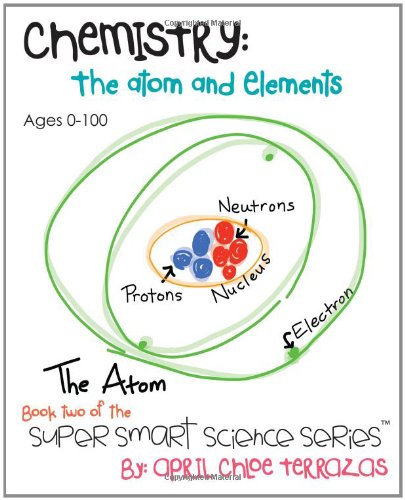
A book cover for Chemistry: The Atom and Elements (Super Smart Science Series); April Chloe Terrazas; Children's Books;